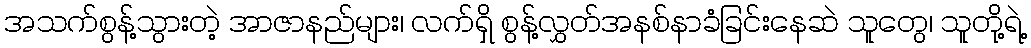
အသက်စွန့်သွားတဲ့ အာဇာနည်များ၊ လက်ရှိ စွန့်လွှတ်အနစ်နာခံခြင်းနေဆဲ သူတွေ၊ သူတို့ရဲ့